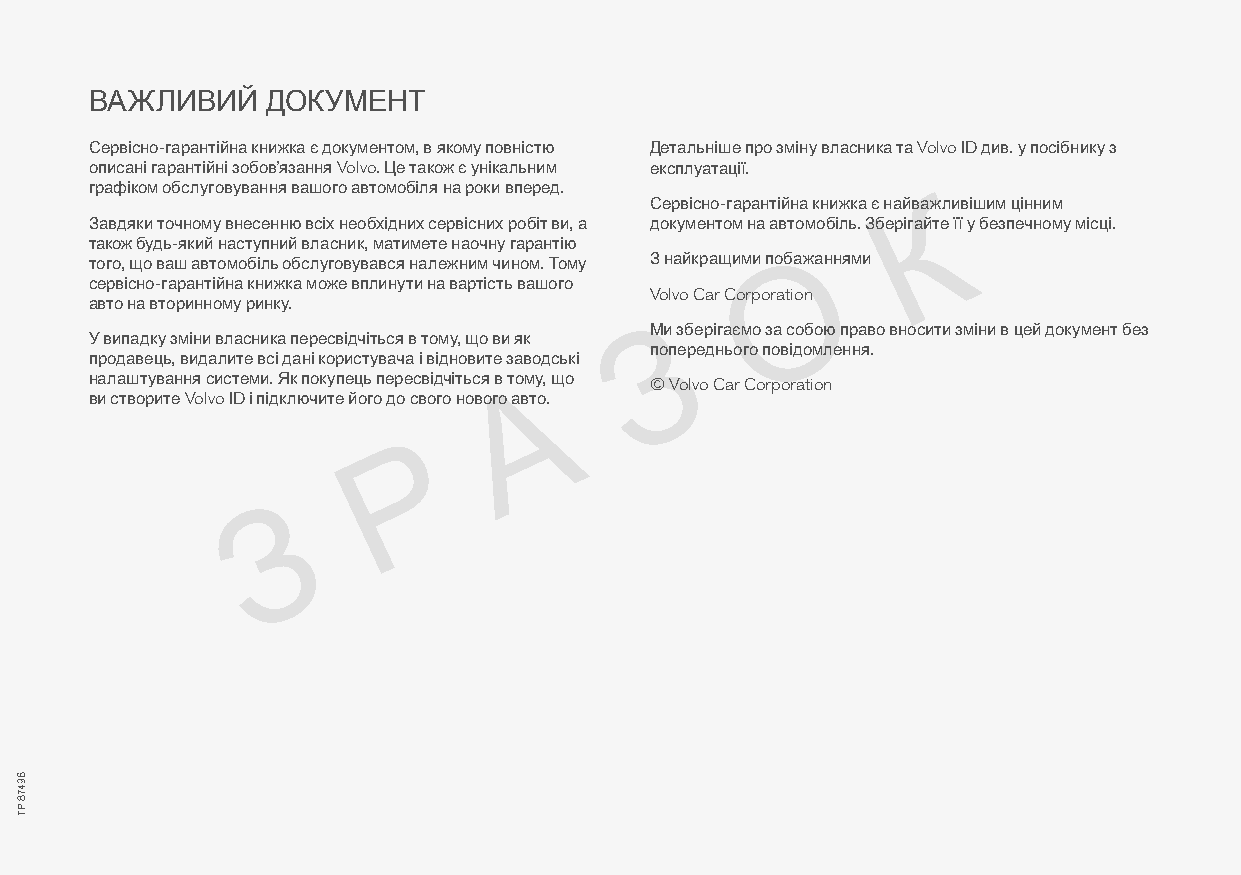
ВАЖЛИВИЙ    ДОКУМЕНТ
 Сервісно-гарантійна книжка є документом, в якому повністю Детальніше про зміну власника та Volvo ID див. у посібнику з
 описані гарантійні зобов’язання Volvo. Це також є унікальним експлуатації.
 графіком обслуговування вашого автомобіля на роки вперед.
 Сервісно-гарантійна книжка є найваКжливішим цінним
 Завдяки точному внесенню всіх необхідних сервісних робіт ви, а документом на автомобіль. Зберігайте її у безпечному місці.
 К     також будь-який наступний власник, матимете наочну гарантію
 того, що ваш автомобіль обслуговувався належним чином. Тому З найкращими поОбажаннями
 сервісно-гарантійна книжка може вплинути на вартість вашого
 Volvo Car Corporation
 О     авто на вторинному ринку.
 МЗи зберігаємо за собою право вносити зміни в цей документ без
 У випадку зміни власника пересвідчіться в тому, що ви як
 попереднього повідомлення.
 продавець, видалите всі дані користувача і відновите заводські
 З     налаштування системи. Як покупець пересвідчіться в то Аму, що © Volvo Car Corporation
 ви створите Volvo ID і підключите його до свого нового авто.
 А
 Р
 Р
 З
 З
 69478
 PT